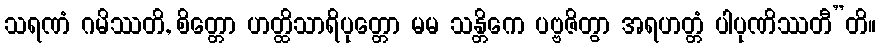
သရဏံ ဂမိဿတိ, စိတ္တော ဟတ္ထိသာရိပုတ္တော မမ သန္တိကေ ပဗ္ဗဇိတွာ အရဟတ္တံ ပါပုဏိဿတီ”တိ။